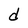
Character: d